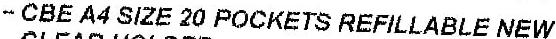
- CBE A4 SIZE 20 POCKETS REFILLABLE NEW